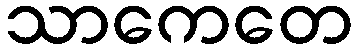
သာကေတေ